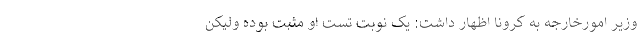
وزیر امورخارجه به کرونا اظهار داشت: یک نوبت تست او مثبت بوده ولیکن